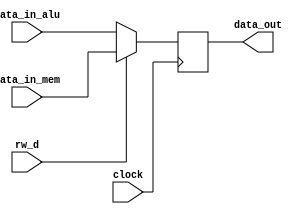
module writeback(clock, data_in_mem, data_in_alu, rw_d, data_out);

parameter data_width = 32;

// Input Ports
input clock;
input [data_width-1:0] data_in_mem;
input [data_width-1:0] data_in_alu;
input rw_d;	// works opposite to rw for regfile.

// Output Ports
output reg [data_width-1:0] data_out;

always @(posedge clock)
begin

	if (rw_d == 0) begin
		data_out = data_in_alu;
	end
	else begin
		data_out = data_in_mem;
	end
end
endmodule